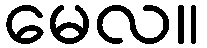
မေလ။